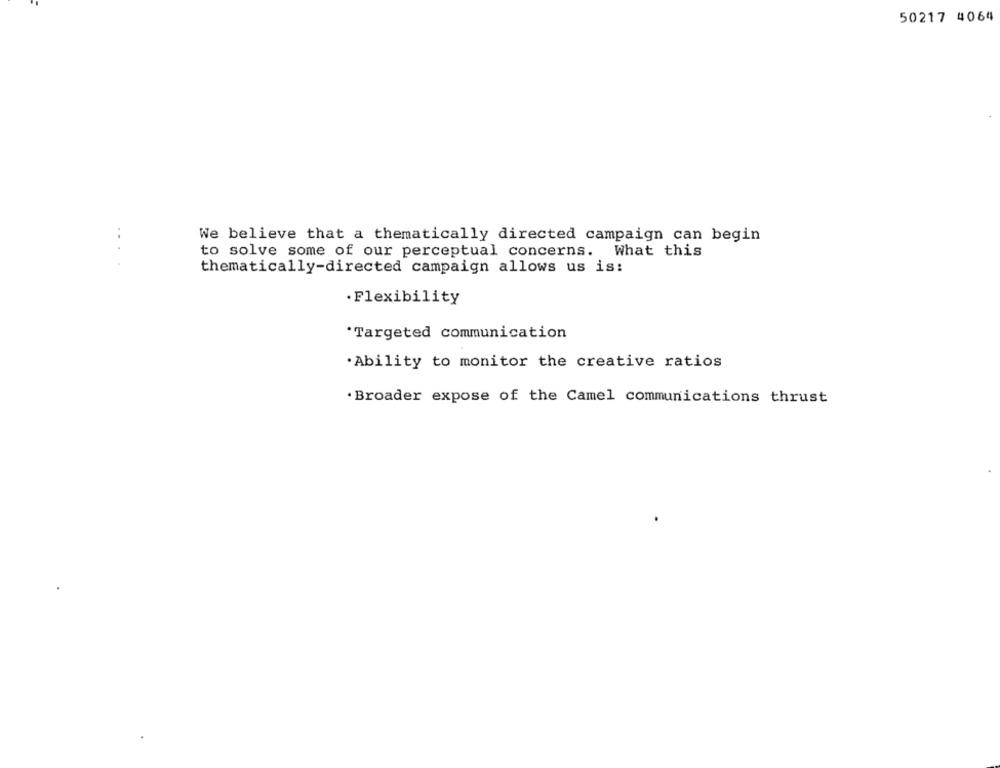
50217 4064
We believe that a thematically directed campaign can begin
to solve some of our perceptual concerns. What this
thematically-directed campaign allows us is:
· Flexibility
*Targeted communication
. Ability to monitor the creative ratios
. Broader expose of the Camel communications thrust